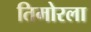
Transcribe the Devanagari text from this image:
तिमोरला